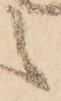
之